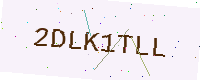
Text: 2DLK1TLL